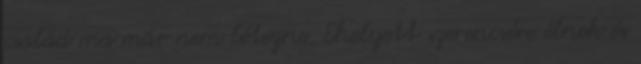
család ma már nem létezne. Ehelyett szerencsére élnek és